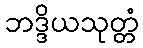
ဘဒ္ဒိယသုတ္တံ